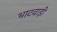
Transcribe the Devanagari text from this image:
भाटवाड़ी